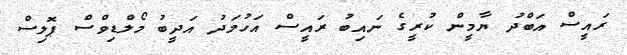
ރައީސް އަބްދު ޔާމީން ކުރީގެ ނައިބު ރައީސް އަހުމަދު އަދީބު މޯލްޑިވްސް ޕޮލިސް